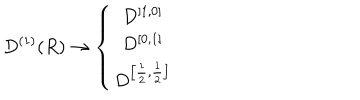
D ^ { \left( 1 \right) } ( R ) \rightarrow \left\{ \begin{array} { c } { { D ^ { \left[ 1 , 0 \right] } } } \\ { { D ^ { \left[ 0 , 1 \right] } } } \\ { { D ^ { \left[ \frac { 1 } { 2 } , \frac { 1 } { 2 } \right] } } } \\ \end{array} \right.